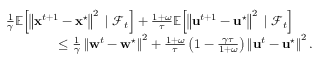
\begin{array} { r l } & { \frac { 1 } { \gamma } \mathbb { E } \! \left[ \left\| \mathbf { x } ^ { t + 1 } - \mathbf { x } ^ { \star } \right\| ^ { 2 } \; | \; \mathcal { F } _ { t } \right] + \frac { 1 + \omega } { \tau } \mathbb { E } \! \left[ \left\| \mathbf { u } ^ { t + 1 } - \mathbf { u } ^ { \star } \right\| ^ { 2 } \; | \; \mathcal { F } _ { t } \right] } \\ & { \qquad \qquad \leq \frac { 1 } { \gamma } \left\| \mathbf { w } ^ { t } - \mathbf { w } ^ { \star } \right\| ^ { 2 } + \frac { 1 + \omega } { \tau } \left( 1 - \frac { \gamma \tau } { 1 + \omega } \right) \left\| \mathbf { u } ^ { t } - \mathbf { u } ^ { \star } \right\| ^ { 2 } . } \end{array}